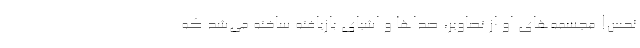
نحس! مجسمه‌های او از تصاویر، صداها و اشیای بازیافته ساخته می‌شد که